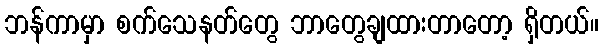
ဘန်ကာမှာ စက်သေနတ်တွေ ဘာတွေချထားတာတော့ ရှိတယ်။